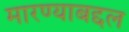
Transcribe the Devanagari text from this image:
मारण्याबद्दल